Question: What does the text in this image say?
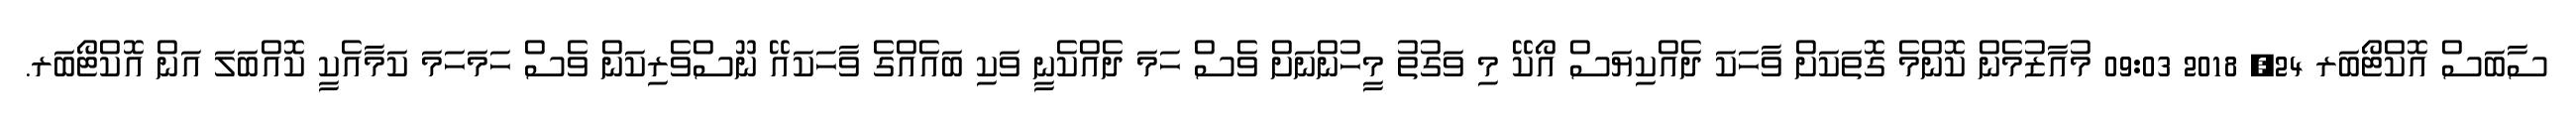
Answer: ސާބަސް އޮކްޓޯބަރ 24, 2018 09:03 މުއާޒުމެން ކޮންމެ ގޮތަކަށް ވާހަކަ ދެއްކިޔަސް އޯކޭ މި ވަގުތު މީހުންނަށް ވެސް ހަމަ ދެއްކެނީ ވަކި ބައެއްގެ ވާހަކައޭ ނޫސްވެރިކަން ވެސް ހަމަހަމަ ކަމާއެކީ ކޮއްބަލަ އަން އޮކްޓޯބަރ.